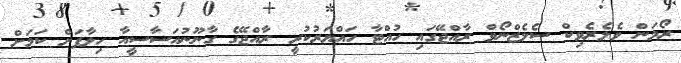
ރޯމަން ވެލެރެވިކް ސެލެޒްނޯވް ރާއްޖޭގައި ހުއްޓާ ހައްޔަރުކުރީ ރާއްޖޭގެ ގާނޫނުއަސާސީއާ ހިލާފަށް ކަމަށް